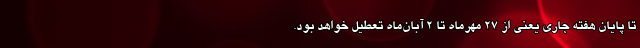
تا پایان هفته جاری یعنی از ۲۷ مهرماه تا ۲ آبان‌ماه تعطیل خواهد بود.